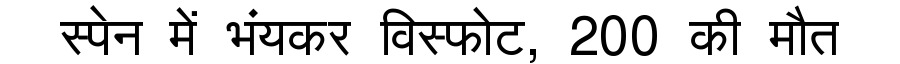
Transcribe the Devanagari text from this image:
स्पेन में भंयकर विस्फोट, 200 की मौत